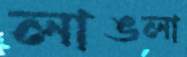
লাঙলা